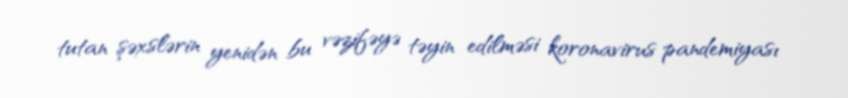
tutan şəxslərin yenidən bu vəzifəyə təyin edilməsi koronavirus pandemiyası